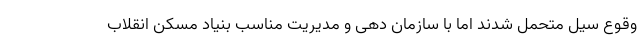
وقوع سیل متحمل شدند اما با سازمان دهی و مدیریت مناسب بنیاد مسکن انقلاب